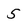
Character: 5